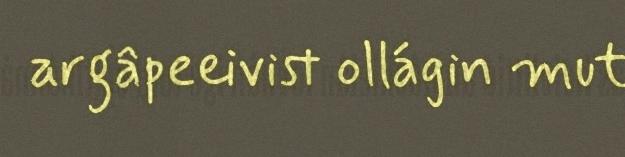
argâpeeivist ollágin mut